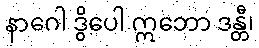
နာဂေါ ဒွိပေါ ဣဘော ဒန္တီ၊